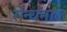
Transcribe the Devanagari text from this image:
सेन्धमाल